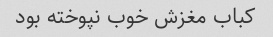
کباب مغزش خوب نپوخته بود